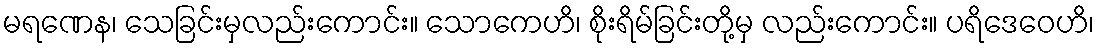
မရဏေန၊ သေခြင်းမှလည်းကောင်း။ သောကေဟိ၊ စိုးရိမ်ခြင်းတို့မှ လည်းကောင်း။ ပရိဒေဝေဟိ၊